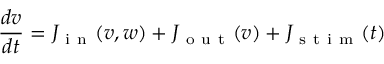
\frac { d v } { d t } = J _ { \mathrm { ~ i ~ n ~ } } ( v , w ) + J _ { \mathrm { ~ o ~ u ~ t ~ } } ( v ) + J _ { \mathrm { ~ s ~ t ~ i ~ m ~ } } ( t )